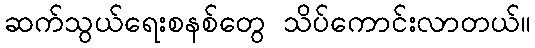
ဆက်သွယ်ရေးစနစ်တွေ သိပ်ကောင်းလာတယ်။